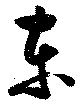
東